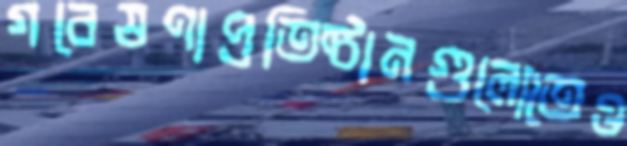
গবেষণাপ্রতিষ্ঠানগুলোতেও